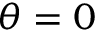
\theta = 0